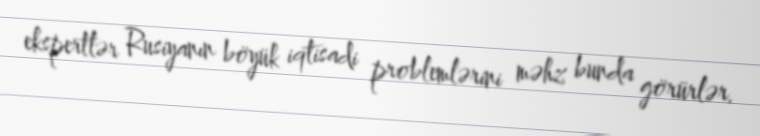
ekspertlər Rusiyanın böyük iqtisadi problemlərini məhz bunda görürlər.